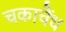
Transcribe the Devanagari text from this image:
चकाचैंध